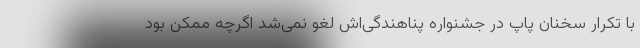
با تکرار سخنان پاپ در جشنواره پناهندگی‌اش لغو نمی‌شد اگرچه ممکن بود